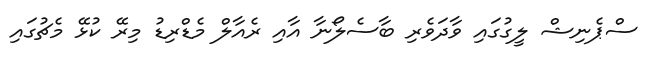
ސްޕެނިޝް ލީގުގައި ވާދަވެރި ބާސެލޯނާ އާއި ރެއާލް މެޑްރިޑު މިރޭ ކުޅޭ މެޗުގައި